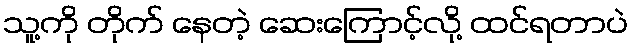
သူ့ကို တိုက် နေတဲ့ ဆေးကြောင့်လို့ ထင်ရတာပဲ